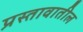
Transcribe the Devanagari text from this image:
प्रस्तावातील